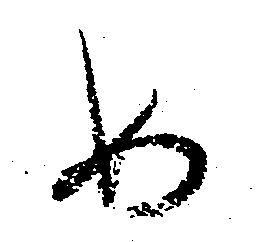
め